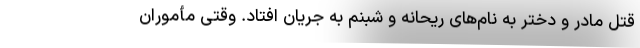
قتل مادر و دختر به نام‌های ریحانه و شبنم به جریان افتاد. وقتی مأموران